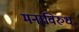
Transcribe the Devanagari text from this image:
मनाविरुध